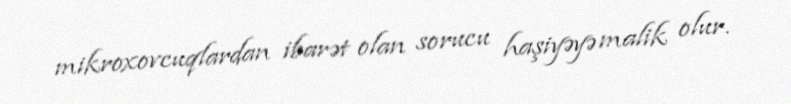
mikroxovcuqlardan ibarət olan sorucu haşiyəyə malik olur.